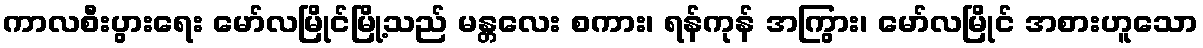
ကာလစီးပွားရေး မော်လမြိုင်မြို့သည် မန္တလေး စကား၊ ရန်ကုန် အကြွား၊ မော်လမြိုင် အစားဟူသော